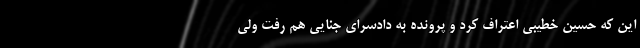
این که حسین خطیبی اعتراف کرد و پرونده به دادسرای جنایی هم رفت ولی